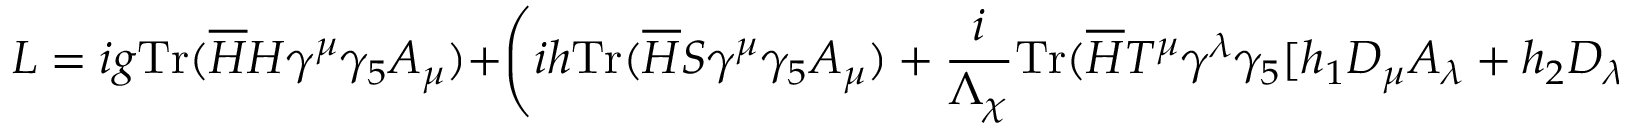
{ \cal L } = i g { \mathrm { T r } } ( \overline { { { H } } } H \gamma ^ { \mu } \gamma _ { 5 } { \cal A } _ { \mu } ) + \left( i h { \mathrm { T r } } ( \overline { { { H } } } S \gamma ^ { \mu } \gamma _ { 5 } { \cal A } _ { \mu } ) + \frac { i } { \Lambda _ { \chi } } { \mathrm { T r } } ( \overline { { { H } } } T ^ { \mu } \gamma ^ { \lambda } \gamma _ { 5 } [ h _ { 1 } D _ { \mu } { \cal A } _ { \lambda } + h _ { 2 } D _ { \lambda } { \cal A } _ { \mu } ] ) + h . c . \right) ,